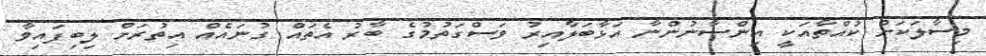
މިސާލަކަށް ކުއްތާއަކީ އިންސާނުންނާ އަޅާބަލާއިރު ވަސްގަތުމުގެ ބާރު އެތައް ގުނައެއް އިތުރަށް ލިބިފައިވާ